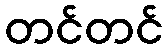
တင်တင်